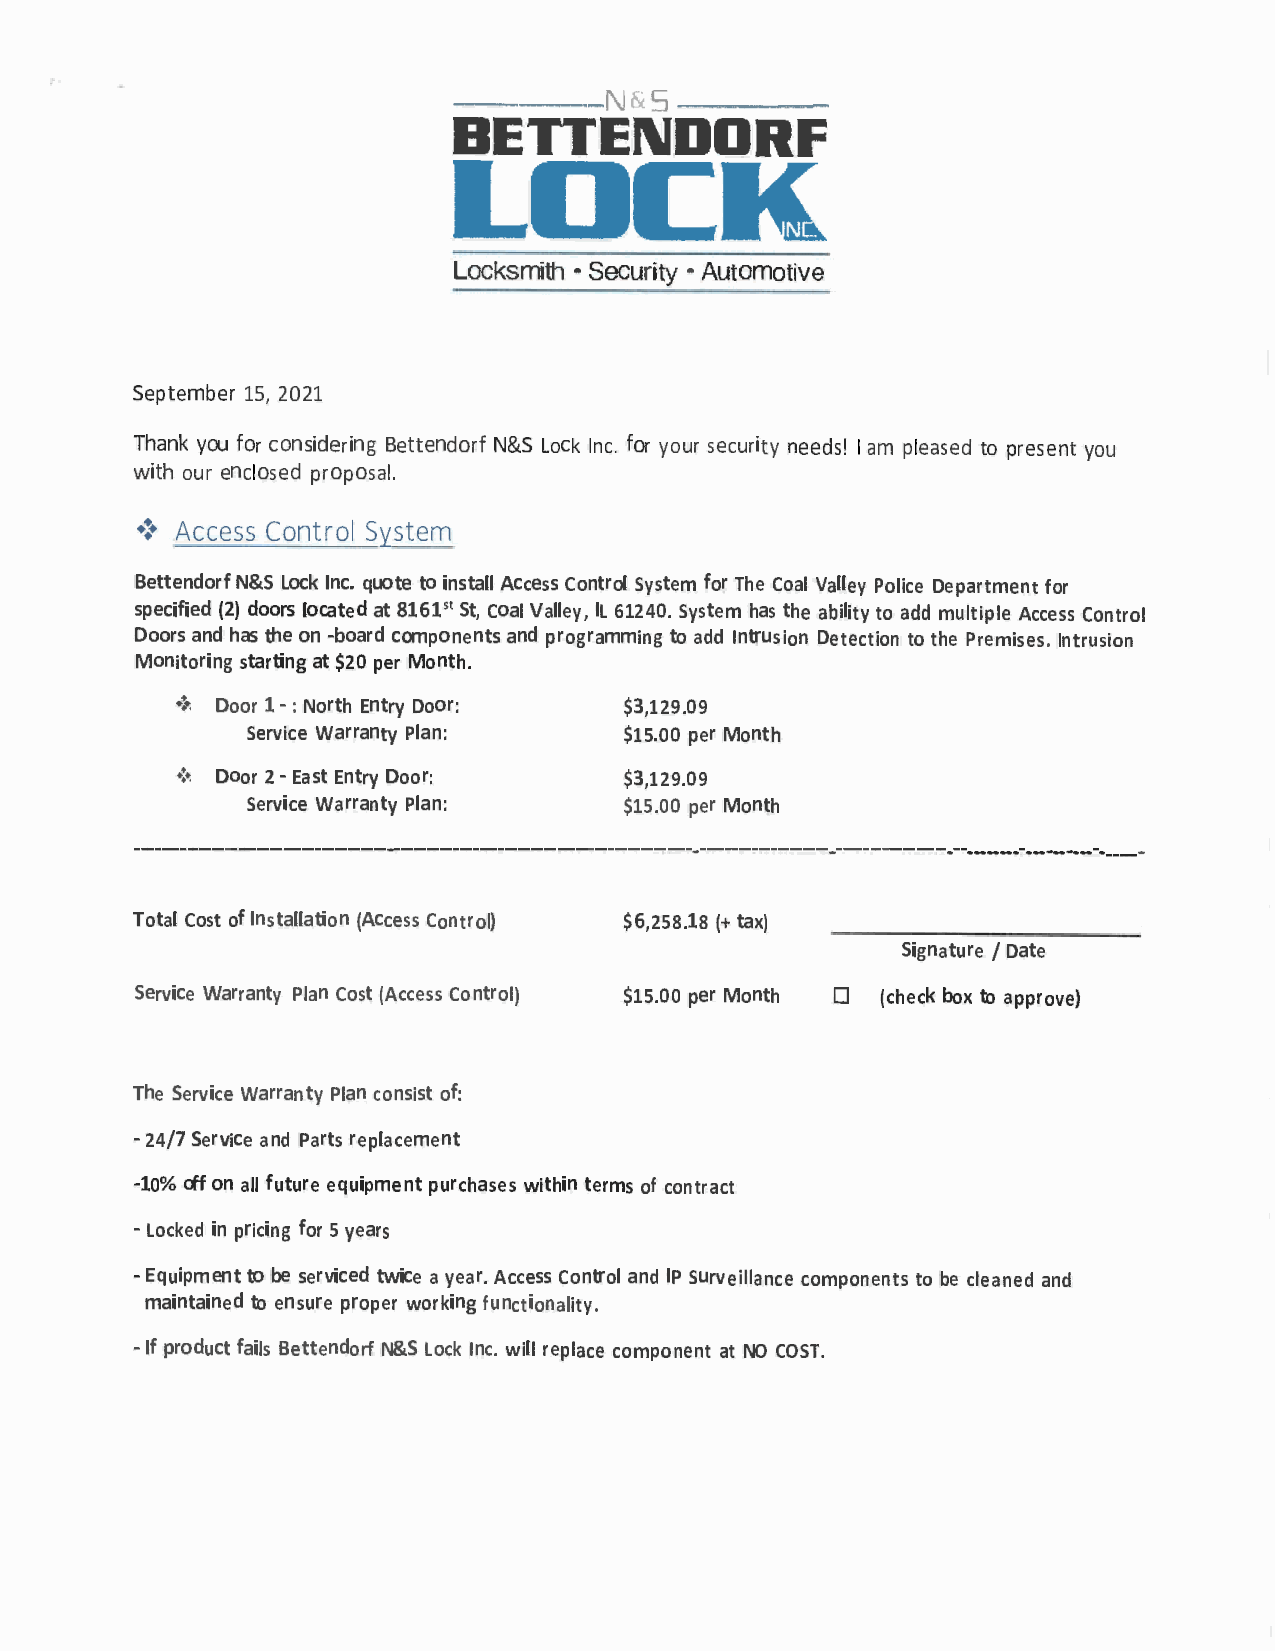
-----N       5 -----
 &
 BETTEI\IDDRF
 LOCK
 Locksmith • Security • Automotive
 September 15, 2021
 Thank you for considering Bettendorf N&S Lock Inc. for your security needs! I am pleased to present you
 with our enclosed proposal.
 •:• Access Control System
 Bettendorf N&S Lock Inc. quote to install Access Control System for The Coal Valley Police Department for
 specified (2) doors located at 8161" St, Coal Valley, IL 61240. System has the ability to add multiple Access Control
 Doors and has the on -board components and programming to add Intrusion Detection to the Premises. Intrusion
 Monitoring starting at $20 per Month.
 •!•
 Door 1 - : North Entry Door: $3,129.09
 Service Warranty Plan:   $15.00 per Month
 •!•
 Door 2 - East Entry Door:  $3,129.09
 Service Warranty Plan:   $15.00 per Month
 -----------------------------------------------------------------------------------------------------------------------------------------------------------
 Total Cost of Installation (Access Control) $6,258.18 (+ tax)
 I
 Signature Date
 Service Warranty Plan Cost (Access Control) $15.00 per Month D (check box to approve)
 The Service Warranty Plan consist of:
 - 24/7 Service and Parts replacement
 -10% off on all future equipment purchases within terms of contract
 - Locked in pricing for 5 years
 - Equipment to be serviced twice a year. Access Control and IP Surveillance components to be cleaned and
 maintained to ensure proper working functionality.
 - If product fails Bettendorf N&S Lock Inc. will replace component at NO COST.